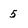
Character: 5